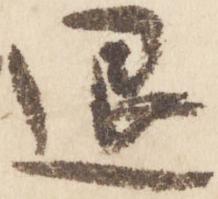
退